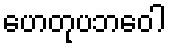
ဟေတုပဘဝေါ